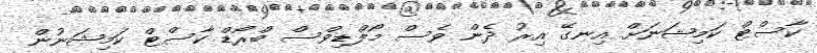
ކާސްޓް ކަމިޝަނަށް އިނގޭ އިރު ދެން ވެސް މޯލްޑިވްސް ބްރޯޑް ކާސްޓް ކަމިޝަނުން